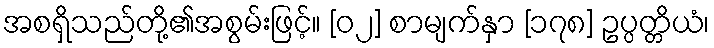
အစရှိသည်တို့၏အစွမ်းဖြင့်။ [၀၂] စာမျက်နှာ [၁၇၈] ဥပ္ပတ္တိယံ၊